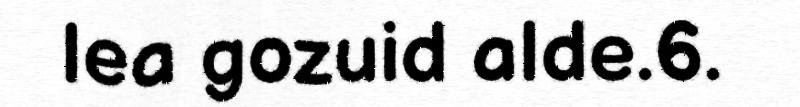
lea gozuid alde.6.